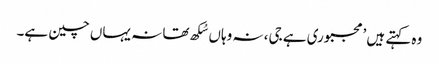
وہ کہتے ہیں ’مجبوری ہے جی، نہ وہاں سُکھ تھا نہ یہاں چین ہے۔